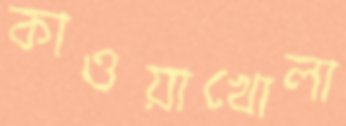
কাওয়াখোলা